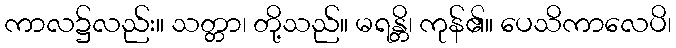
ကာလ၌လည်း။ သတ္တာ၊ တို့သည်။ မရန္တိ၊ ကုန်၏။ ပေသိကာလေပိ၊